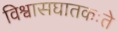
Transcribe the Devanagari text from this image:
विश्वासघातकःते